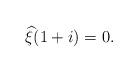
LaTeX: \begin{align*}\widehat \xi(1 +i)=0.\end{align*}